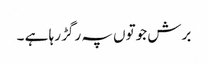
برش جوتوں پہ رگڑ رہا ہے ۔